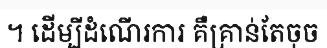
។ ដើម្បីដំណើរការ គឺគ្រាន់តែចុច